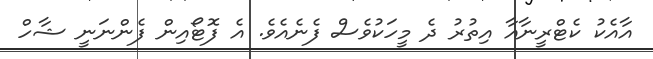
އާއެކު ކެޓްރީނާއާ އިތުރު ދެ މީހަކުވެސް ފެނެއެވެ. އެ ފޮޓޯއިން ފެންނަނީ ޝާހް